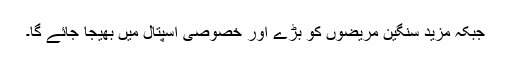
جبکہ مزید سنگین مریضوں کو بڑے اور خصوصی اسپتال میں بھیجا جائے گا۔